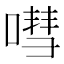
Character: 嘒